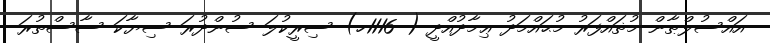
އައްސުލްޠާން މުޡައްފަރު މުޙައްމަދު ޢިމާދުއްދީ ( 1116ހ) ސިރީކުލަ ސުންދުރަ ސިޔާކަ ސާސްތުރަ